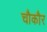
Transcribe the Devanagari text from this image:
चौकौर